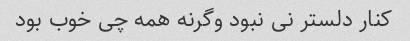
کنار دلستر نی نبود وگرنه همه چی خوب بود